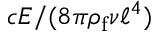
c E / ( 8 \pi \rho _ { \mathrm { f } } \nu \ell ^ { 4 } )